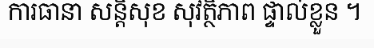
ការធានា សន្តិសុខ សុវត្ថិភាព ផ្ទាល់ខ្លួន ។